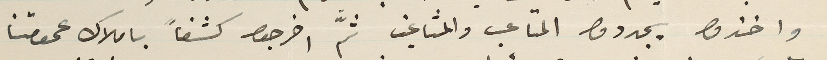
واخذوا يجددوا المتاعب والمشاغب ثمَّ اخرجوا كشفاً باملاك عمومتنا